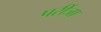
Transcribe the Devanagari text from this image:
परींजा